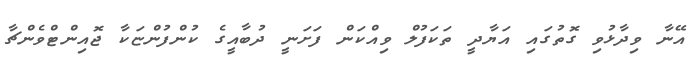
އޭނާ ވިދާޅުވި ގޮތުގައި އަޔާދީ ތަކަފުލް ވިއްކަން ފަށަނީ ދުބާއީގެ ކުންފުންޏަކާ ޖޮއިންޓްވެންޗާ